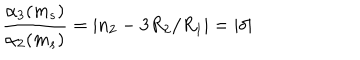
LaTeX: \frac { \alpha _ { 3 } ( m _ { s } ) } { \alpha _ { 2 } ( m _ { s } ) } = | n _ { 2 } - 3 R _ { 2 } / R _ { 1 } | = | \delta |